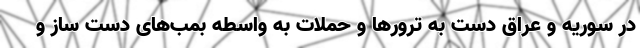
در سوریه و عراق دست به ترورها و حملات به واسطه بمب‌های دست ساز و